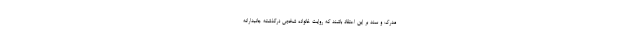
مدرک و سند بر این اعتقاد باشند که روایت خانواده شخص درگذشته جانبدارانه